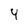
Character: Y